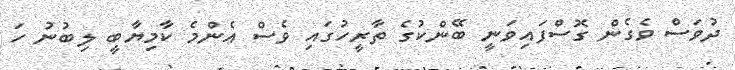
ދުވަސް ވެގެން ގޮސްފައިވަނީ ބޭންކުގެ ތާރީހުގައި ވެސް އެންމެ ކާމިޔާބީ ލިބުނު ހަ